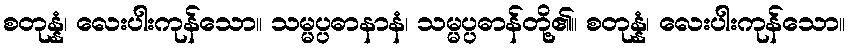
စတုန္နံ၊ လေးပါးကုန်သော။ သမ္မပ္ပဓာနာနံ၊ သမ္မပ္ပဓာန်တို့၏။ စတုန္နံ၊ လေးပါးကုန်သော။